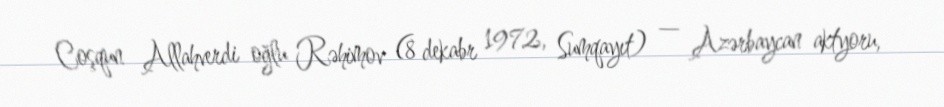
Coşqun Allahverdi oğlu Rəhimov (8 dekabr 1972, Sumqayıt) — Azərbaycan aktyoru,